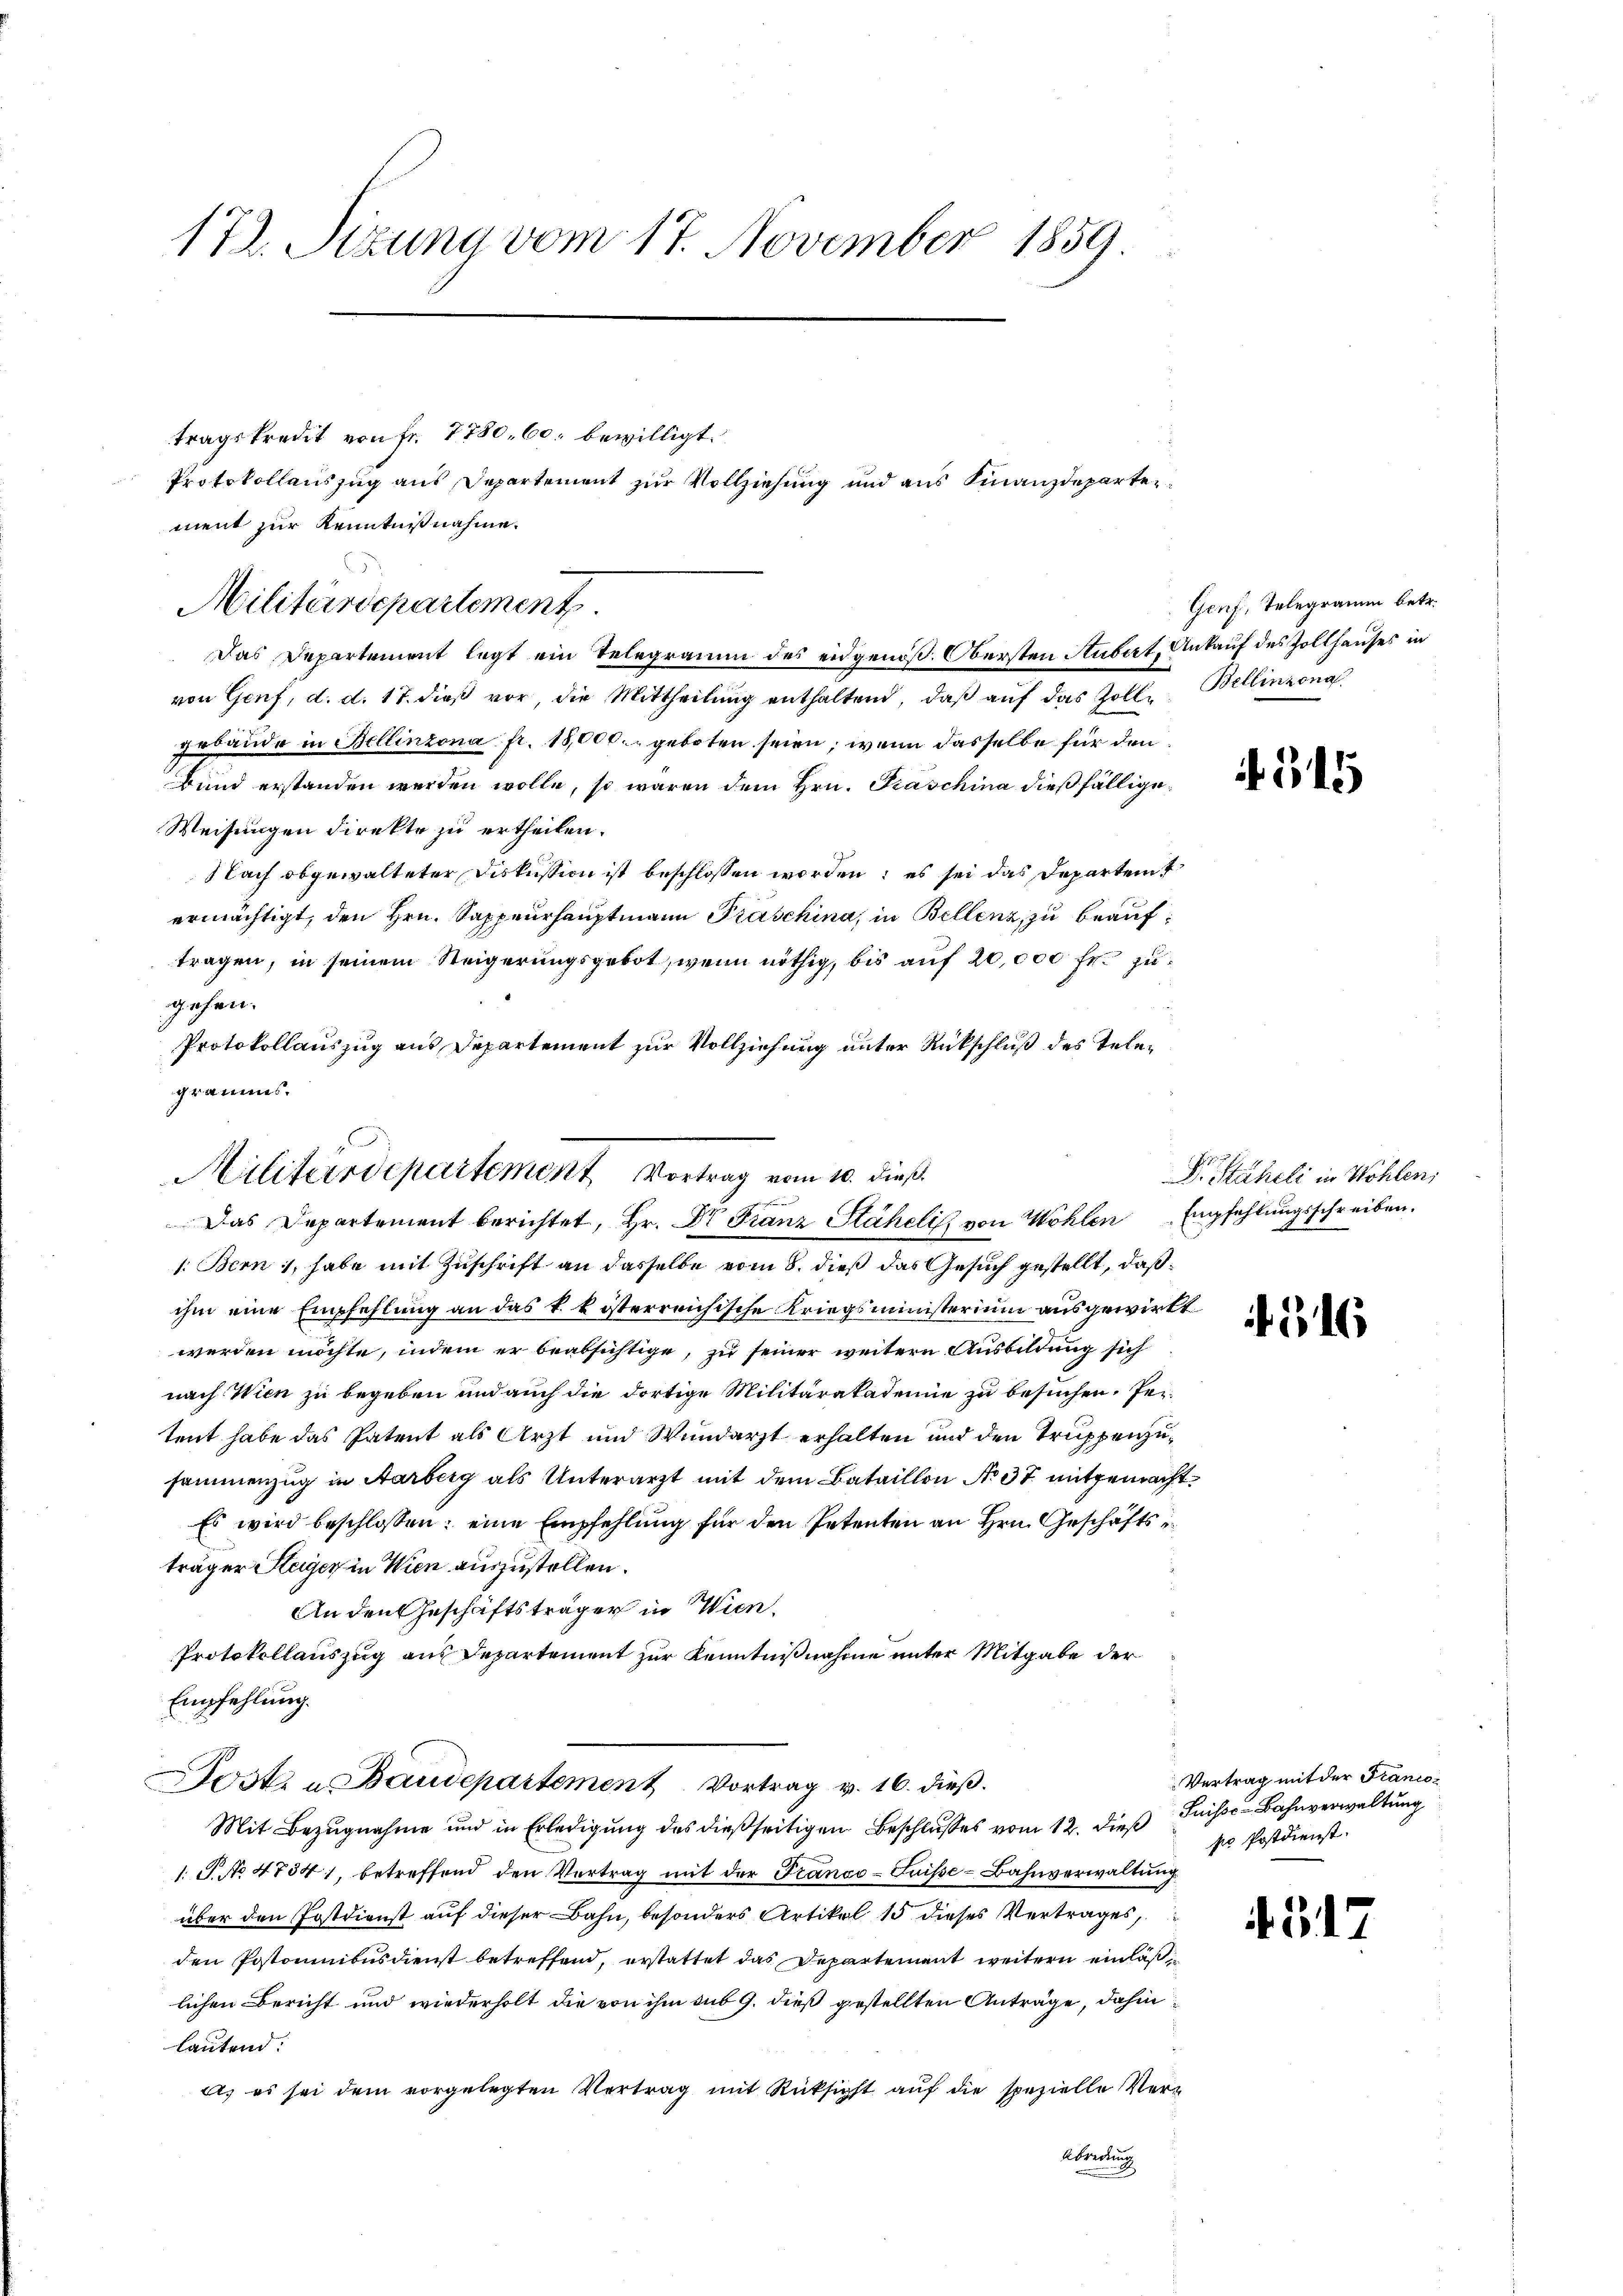
172. Sizung vom 17. November 1859.

Militärdepartement

tragskredit von Fr. 7780. 60. bewilligt.
ment zur Kenntnißnahme.
Das Departement legt ein Telegramm des eidgenöß. Obersten Hubert, Ankauf des Zollhauses in
von Genf, d. d. 17. dieβ vor, die Mittheilŭng enthaltend, daβ aŭf das Zolle Bellinzona
gebäude in Bellinzona fr. 18,000. geboten seien; wenn dasselbe für den
Bund erstanden werden wolle, so waren dem Hrn. Kaschina dießfällige
Weisungen direkte zu ertheilen.
Nach obgewalteter Diskussion ist beschlossen worden; es sei das Departent
ermächtigt, den Hrn. Sappeurhauptmann Praschina, in Bellenz, zu beauftragen, in seinem Steigerungsgebot, wenn nöthig, bis auf 20,000 fr. zugehen.
Protokollauszug aus Departement zur Vollziehung unter Rückschluß des Telegramms.

Protokollauszug aus Departement zur Vollziehung und aus Finanzdeparten

1: Bern 1, habe mit Zuschrift an dasselbe vom 8. dieß das Gesuch gestellt, daß
ihm eine Empfehlung an das k. k. österreichische Kriegsministerium ausgewirkt
werden möchte, indem er beabsichtige, zu seiner weitern Ausbildung sich
nach Wien zu begeben und auch die dortige Militärakademie zu besuchen, Petent habe das Patent als Arzt und Wundarzt erhalten und den Truppenzusammenzug in Aarberg als Unterarzt mit dem Bataillon No 37 mitgemacht¬
Es wird beschlossen: eine Empfehlung für den Petenten an Hrn. Geschäfts
träger Steyer in Wien auszustellen.
An den Geschäftsträger in Wien.
Protokollauszug aus Departement zur Kenntnißnahme unter Mitgabe der
Empfehlung.
Jost u Baudepartement Vortrag v. 16. dieß.
Mit Bezugnahme und in Erledigŭng des dießseitigen Beschlusses vom 12. dieß Suisse Bahnverwaltung
1. P. No 4754), betreffend den Vertrag mit der Franco-Suisse-Bahnverwaltung
über den Postdienst auf dieser Bahn, besonders Artikel 15 dieses Vertrages,
den Postoninibusdienst betreffend, erstattet das Departement weitern einläßlichen Bericht und wiederholt die von ihm sub 9. dieß gestellten Anträge, dahin
lautend:
a) es sei dem vorgelegten Vertrag mit Rücksicht auf die spezielle Ver¬
Abredung

Militärdepartement Vortrag vom 10. dieß.
Das Departement berichtet, Hr. Dr Franz Stäheli, von Wohlen Empfehlungsschreiben.

Genf, Telegramm betr.

515

Dr. Stäheli in Wohlen,

16

Vertrag mit der Franco-
po Postdienst.

4517